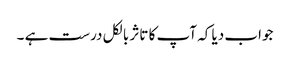
جواب دیا کہ آپ کا تاثر بالکل درست ہے ۔